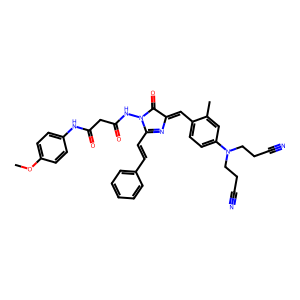
SMILES: COc1ccc(NC(=O)CC(=O)NN2C(=O)C(=Cc3ccc(N(CCC#N)CCC#N)cc3C)N=C2C=Cc2ccccc2)cc1
Inhibits HIV replication: No